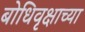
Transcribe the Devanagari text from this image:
बोधिवृक्षाच्या